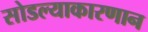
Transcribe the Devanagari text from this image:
सोडल्याकारणान